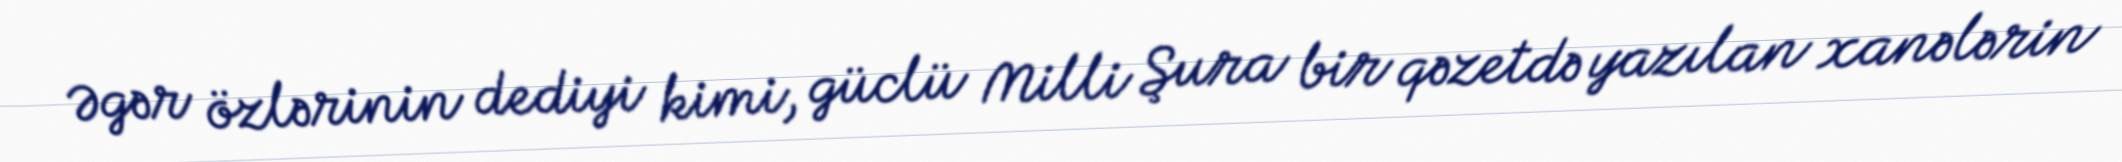
Əgər özlərinin dediyi kimi, güclü Milli Şura bir qəzetdə yazılan xanələrin